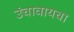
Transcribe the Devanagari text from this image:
उंचावायचा